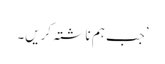
’جب ہم ناشتہ کریں۔